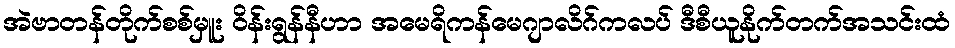
အဲဗာတန်တိုက်စစ်မှူး ဝိန်းရွန်နီဟာ အမေရိကန်မေဂျာလိဂ်ကလပ် ဒီစီယူနိုက်တက်အသင်းထံ